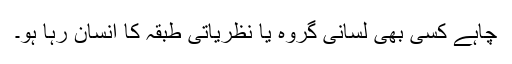
چاہے کسی بھی لسانی گروہ یا نظریاتی طبقہ کا انسان رہا ہو۔